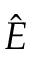
\hat { E }